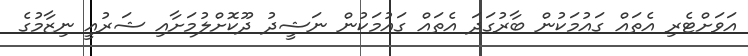
އަވަށްޓެރި އެތައް ގައުމަކުން ބާރުގަދަ އެތައް ގައުމަކުން ނަޝީދު ދޫކޮށްލުމަށާއި ޝަރުއީ ނިޒާމުގެ